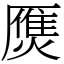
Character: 㷳